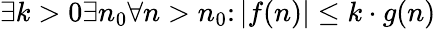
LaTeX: \exists k>0\exists n_{0}\forall n>n_{0}\colon|f(n)|\leq k\cdot g(n)